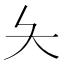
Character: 夨